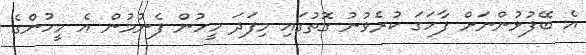
އެ ބޭފުޅުންނަށް ފާހަގަ ކުރެވުނު ގޮތުގައި މިފަދަ މީހުން ފެނުމުން އެ މީހުންގެ